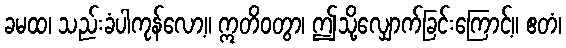
ခမထ၊ သည်းခံပါကုန်လော့။ ဣတိဝတွာ၊ ဤသို့လျှောက်ခြင်းကြောင့်။ ဧတံ၊